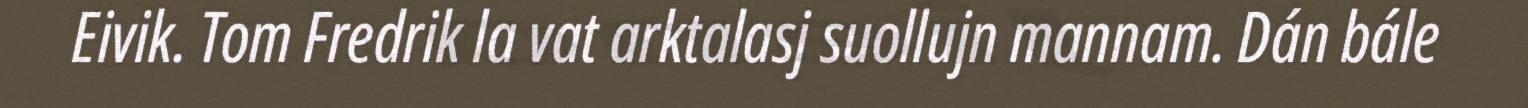
Eivik. Tom Fredrik la vat arktalasj suollujn mannam. Dán bále